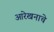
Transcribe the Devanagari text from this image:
आरेखनाचे